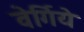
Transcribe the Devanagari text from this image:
वेर्गिये